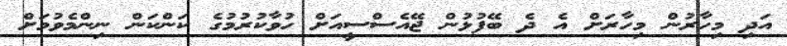
އަދި މިހާރުން މިހާރަށް އެ ދެ ބޭފުޅުން ޖޭއެސްސީއަށް ހުވާކުރުމުގެ ކަންކަން ނިންމެވުމަށް